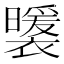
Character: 𧞈